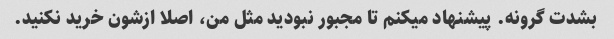
بشدت گرونه. پیشنهاد میکنم تا مجبور نبودید مثل من، اصلا ازشون خرید نکنید.